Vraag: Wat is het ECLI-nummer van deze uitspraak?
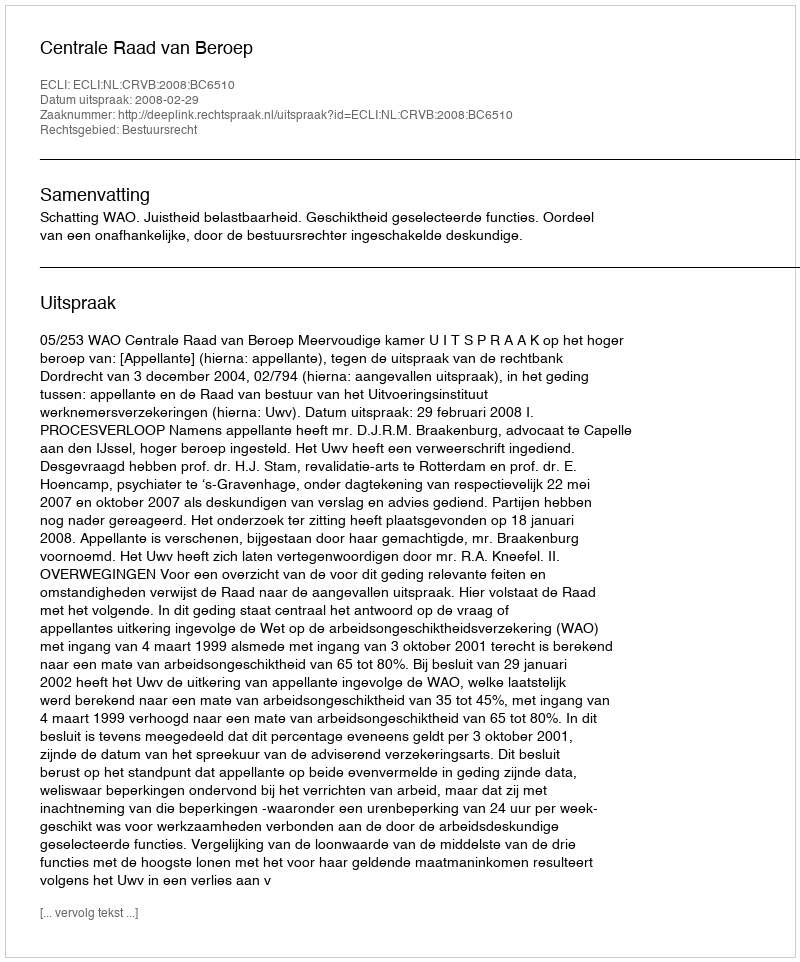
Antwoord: ECLI:NL:CRVB:2008:BC6510